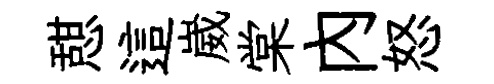
憇這崴棠内怒